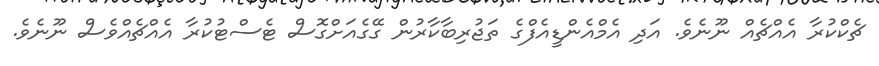
ޗެކްކުރާ އެއްޗެއް ނޫނެވެ. އަދި އެމްއެންޑީއެފްގެ ތަޖުރިބާކާރުން ގޭގެއަށްގޮސް ޓެސްޓުކުރާ އެއްޗެއްވެސް ނޫނެވެ.